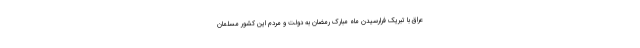
عراق با تبریک فرارسیدن ماه مبارک رمضان به دولت و مردم این کشور مسلمان